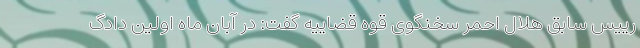
رییس سابق هلال احمر سخنگوی قوه قضاییه گفت: در آبان ماه اولین دادگ